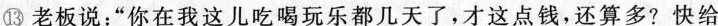
⑬老板说:“你在我这儿吃喝玩乐都几天了，才这点钱，还算多？快给